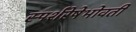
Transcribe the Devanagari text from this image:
स्पर्शरेषेभोवती